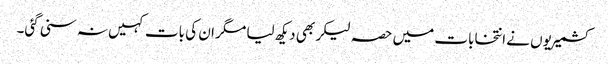
کشمیریوں نے انتخابات میں حصہ لیکر بھی دیکھ لیا مگر ان کی بات کہیں نہ سنی گئی۔